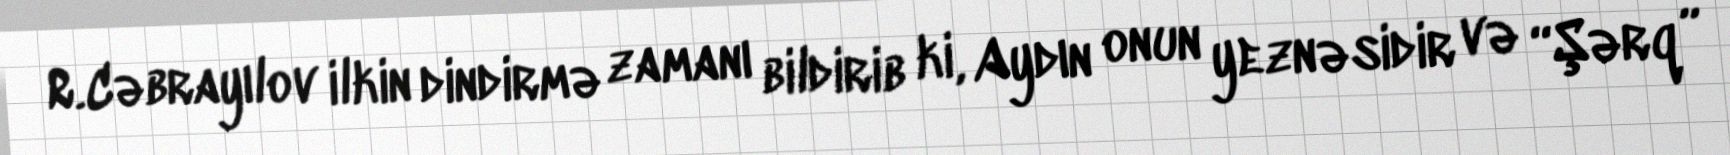
R.Cəbrayılov ilkin dindirmə zamanı bildirib ki, Aydın onun yeznəsidir və “Şərq”